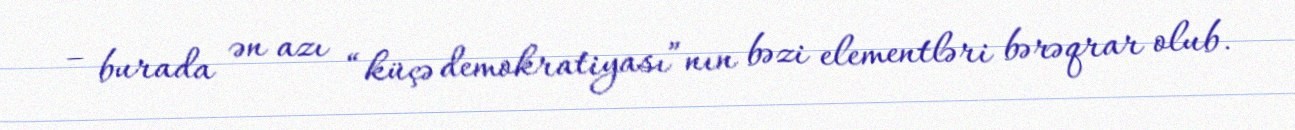
– burada ən azı “küçə demokratiyası”nın bəzi elementləri bərəqrar olub.